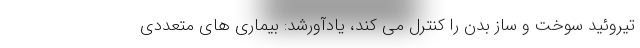
تیروئید سوخت و ساز بدن را کنترل می کند، یادآورشد: بیماری های متعددی